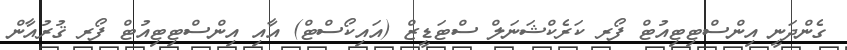
ގެންދަނީ އިންސްޓިޓިއުޓް ފޯރ ކަރެކްޝަނަލް ސްޓަޑީޒް (އައިކޯސްޓް) އާއި އިންސްޓިޓިއުޓް ފޯރ ޤުރުއާން